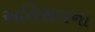
અતિસારના